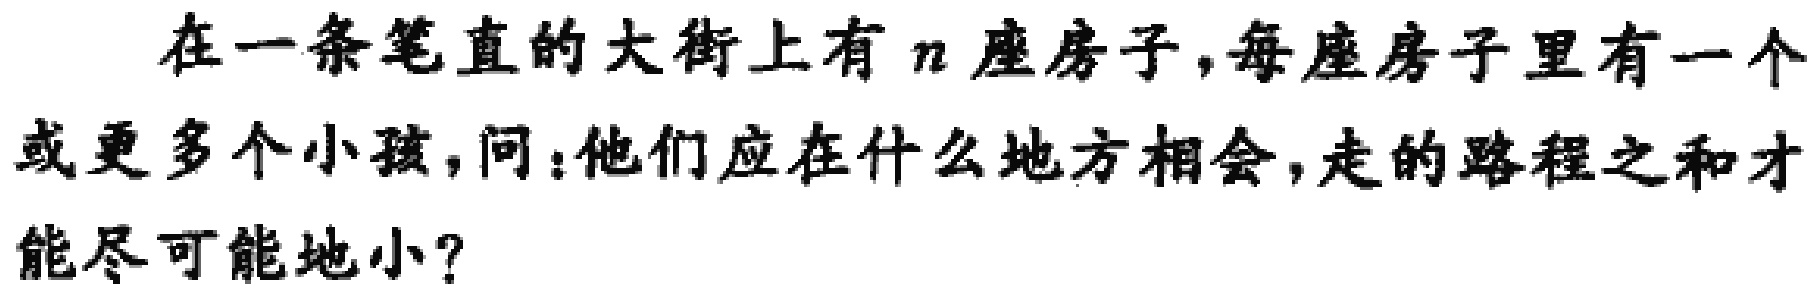
在一条笔直的大街上有\(n\)座房子, 每座房子里有一个或更多个小孩, 问: 他们应在什么地方相会, 走的路程之和才能尽可能地小?